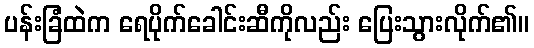
ပန်းခြံထဲက ရေပိုက်ခေါင်းဆီကိုလည်း ပြေးသွားလိုက်၏။